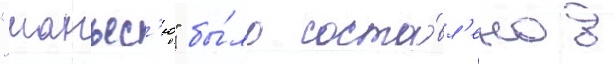
"манъес'ю" бы́ло соста́вл'ено в